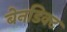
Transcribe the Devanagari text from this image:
बेनडिक्ट